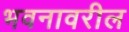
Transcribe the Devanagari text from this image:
भवनावरील